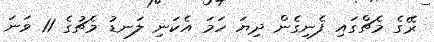
ރޭގެ މެޗްގައި ފެނިގެން ދިޔަ ހަމަ އެކަނި ލަނޑު މެޗުގެ 11 ވަނަ